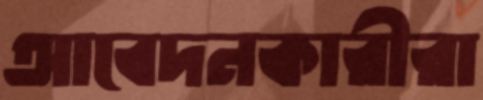
আবেদনকারীরা